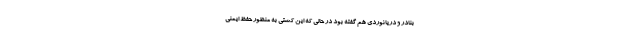
بنادر و دریانوردی هم گفته بود در حالی که این کشتی به منظور حفظ ایمنی